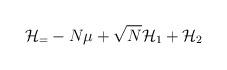
LaTeX: \begin{align*} \mathcal{H}_ = -N\mu + \sqrt{N}\mathcal{H}_1 + \mathcal{H}_2\end{align*}